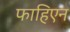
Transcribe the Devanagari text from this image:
फाहिएन